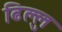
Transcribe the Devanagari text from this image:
ढिल्लु